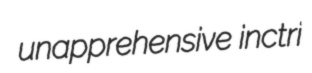
unapprehensive inctri